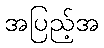
အပြည့်အ